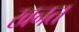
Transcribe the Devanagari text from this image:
खनत